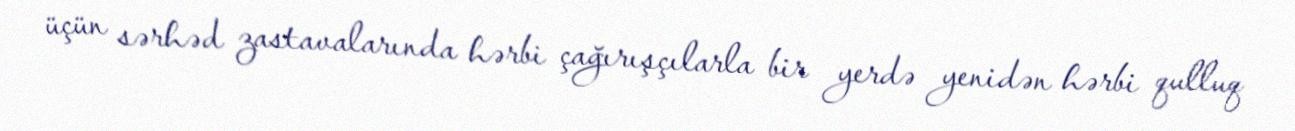
üçün sərhəd zastavalarında hərbi çağırışçılarla bir yerdə yenidən hərbi qulluq